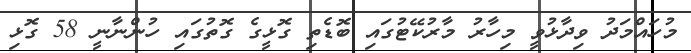
މުހައްމަދު ވިދާޅުވީ މިހާރު މާރުކޭޓުގައި ބޮޑެތި ގޮޅީގެ ގޮތުގައި ހުންނާނީ 58 ގޮޅި